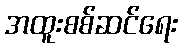
အထူးစစ်ဆင်ရေး